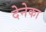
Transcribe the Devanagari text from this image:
देनेका